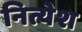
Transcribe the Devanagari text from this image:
नित्येश